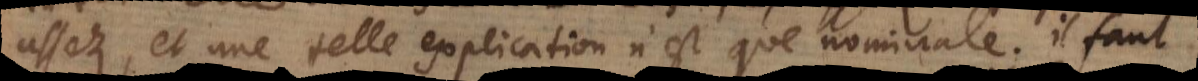
assez, et une telle explication n’est que nominale. Il faut